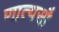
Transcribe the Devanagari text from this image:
णात्यसौ